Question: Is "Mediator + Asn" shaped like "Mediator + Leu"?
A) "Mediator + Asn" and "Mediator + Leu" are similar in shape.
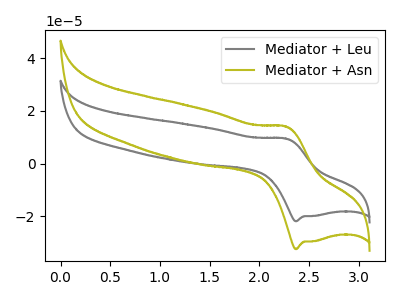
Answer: <think>The gray curve "Mediator + Leu" has an anodic peak at (2.25V, 9.45uA) and a cathodic peak at (2.35V, -21.85uA). The olive curve "Mediator + Asn" has an anodic peak at (2.25V, 14.00uA) and a cathodic peak at (2.35V, -32.40uA).
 All the peaks in "Mediator + Asn" have a peak in "Mediator + Leu" at the same potential. Every peak in "Mediator + Asn" is higher than every peak in "Mediator + Leu".</think>
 <answer>A) "Mediator + Asn" and "Mediator + Leu" are similar in shape.</answer>
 <eval>A</eval>